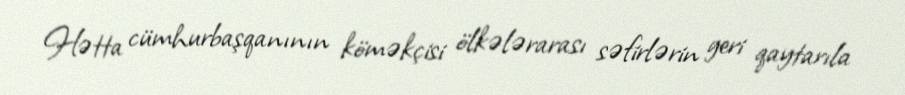
Hətta cümhurbaşqanının köməkçisi ölkələrarası səfirlərin geri qaytarıla